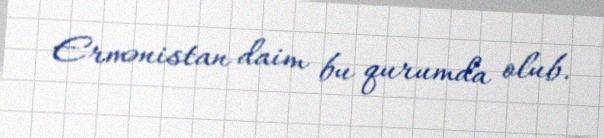
Ermənistan daim bu qurumda olub.